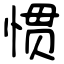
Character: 惯